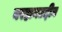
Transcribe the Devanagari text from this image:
बरहानउद्दीन